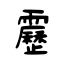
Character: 靂